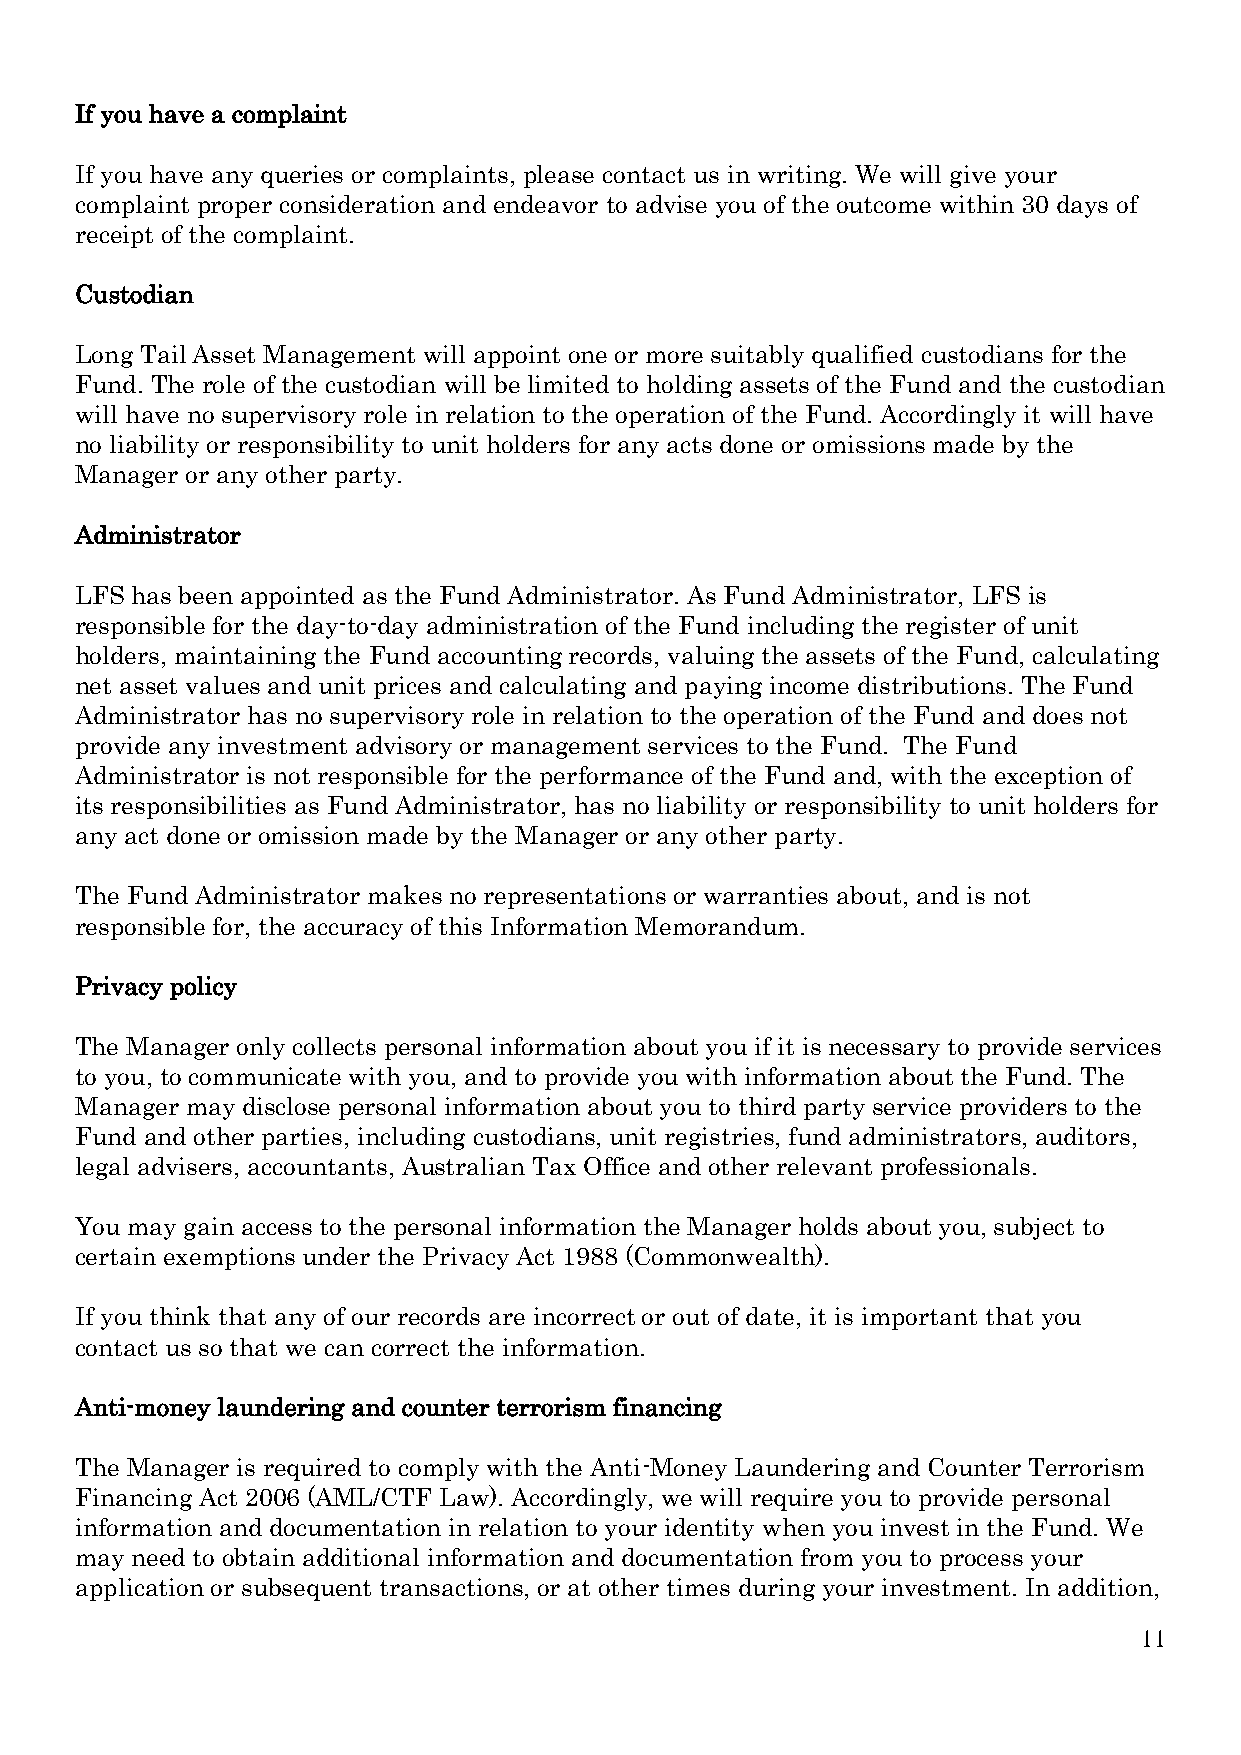
If you have a complaint
 If you have any queries or complaints, please contact us in writing. We will give your
 complaint proper consideration and endeavor to advise you of the outcome within 30 days of
 receipt of the complaint.
 Custodian
 Long Tail Asset Management will appoint one or more suitably qualified custodians for the
 Fund. The role of the custodian will be limited to holding assets of the Fund and the custodian
 will have no supervisory role in relation to the operation of the Fund. Accordingly it will have
 no liability or responsibility to unit holders for any acts done or omissions made by the
 Manager or any other party.
 Administrator
 LFS has been appointed as the Fund Administrator. As Fund Administrator, LFS is
 responsible for the day-to-day administration of the Fund including the register of unit
 holders, maintaining the Fund accounting records, valuing the assets of the Fund, calculating
 net asset values and unit prices and calculating and paying income distributions. The Fund
 Administrator has no supervisory role in relation to the operation of the Fund and does not
 provide any investment advisory or management services to the Fund. The Fund
 Administrator is not responsible for the performance of the Fund and, with the exception of
 its responsibilities as Fund Administrator, has no liability or responsibility to unit holders for
 any act done or omission made by the Manager or any other party.
 The Fund Administrator makes no representations or warranties about, and is not
 responsible for, the accuracy of this Information Memorandum.
 Privacy policy
 The Manager only collects personal information about you if it is necessary to provide services
 to you, to communicate with you, and to provide you with information about the Fund. The
 Manager may disclose personal information about you to third party service providers to the
 Fund and other parties, including custodians, unit registries, fund administrators, auditors,
 legal advisers, accountants, Australian Tax Office and other relevant professionals.
 You may gain access to the personal information the Manager holds about you, subject to
 certain exemptions under the Privacy Act 1988 (Commonwealth).
 If you think that any of our records are incorrect or out of date, it is important that you
 contact us so that we can correct the information.
 Anti-money laundering and counter terrorism financing
 The Manager is required to comply with the Anti-Money Laundering and Counter Terrorism
 Financing Act 2006 (AML/CTF Law). Accordingly, we will require you to provide personal
 information and documentation in relation to your identity when you invest in the Fund. We
 may need to obtain additional information and documentation from you to process your
 application or subsequent transactions, or at other times during your investment. In addition,
 11